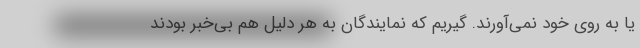
یا به روی خود نمی‌آورند. گیریم که نمایندگان به هر دلیل هم بی‌خبر بودند